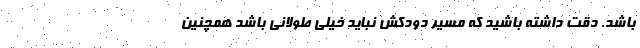
باشد. دقت داشته باشید که مسیر دودکش نباید خیلی طولانی باشد همچنین